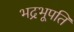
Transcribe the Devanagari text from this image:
भद्रभूपति